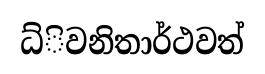
ධ්ිවනිතාර්ථවත්